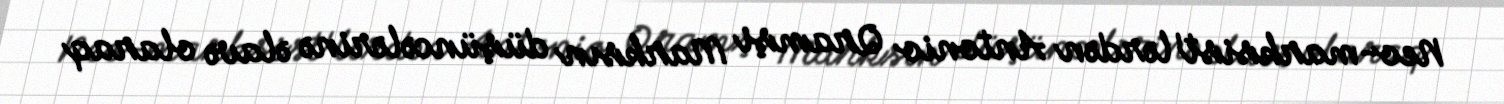
Neo-marksist'lərdən Antonio Qramşi Marksın düşüncələrinə əlavə olaraq